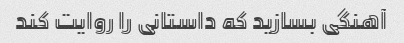
آهنگی بسازید که داستانی را روایت کند